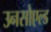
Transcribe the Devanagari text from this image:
उनसोएल्ड